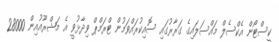
ކީސްޓޯން އެކްސެލް މައްސަލައިގެ ގަރާރުގައި ސޮއިކުރައްވަމުން ޓްރަމްޕް ވިދާޅުވީ އެ މަޝްރޫއުއިން 28000